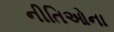
નીતિઓના